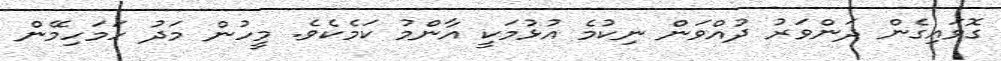
ގޮވައިގެން ދަންވަރު ދުއްވަން ނިކުމެ އުޅުމަކީ އާންމު ކަމެކެވެ. މީހުން މަދު ހަމަހިމޭން